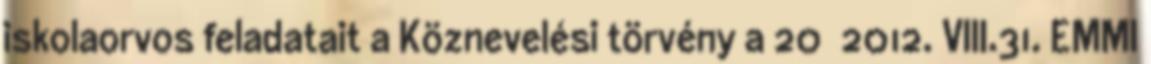
iskolaorvos feladatait a Köznevelési törvény a 20 2012. VIII.31. EMMI